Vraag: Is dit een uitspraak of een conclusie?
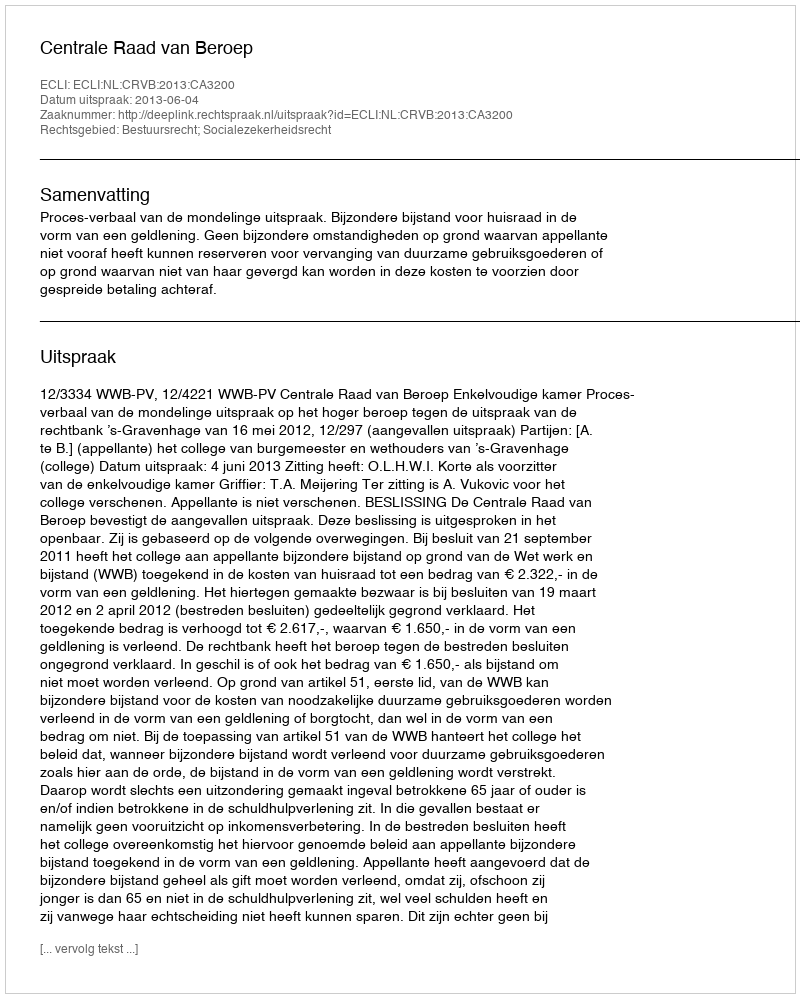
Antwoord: Uitspraak